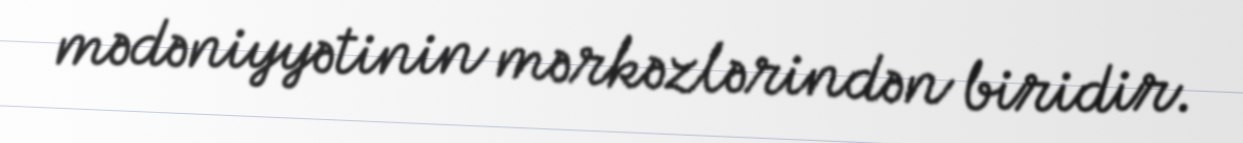
mədəniyyətinin mərkəzlərindən biridir.